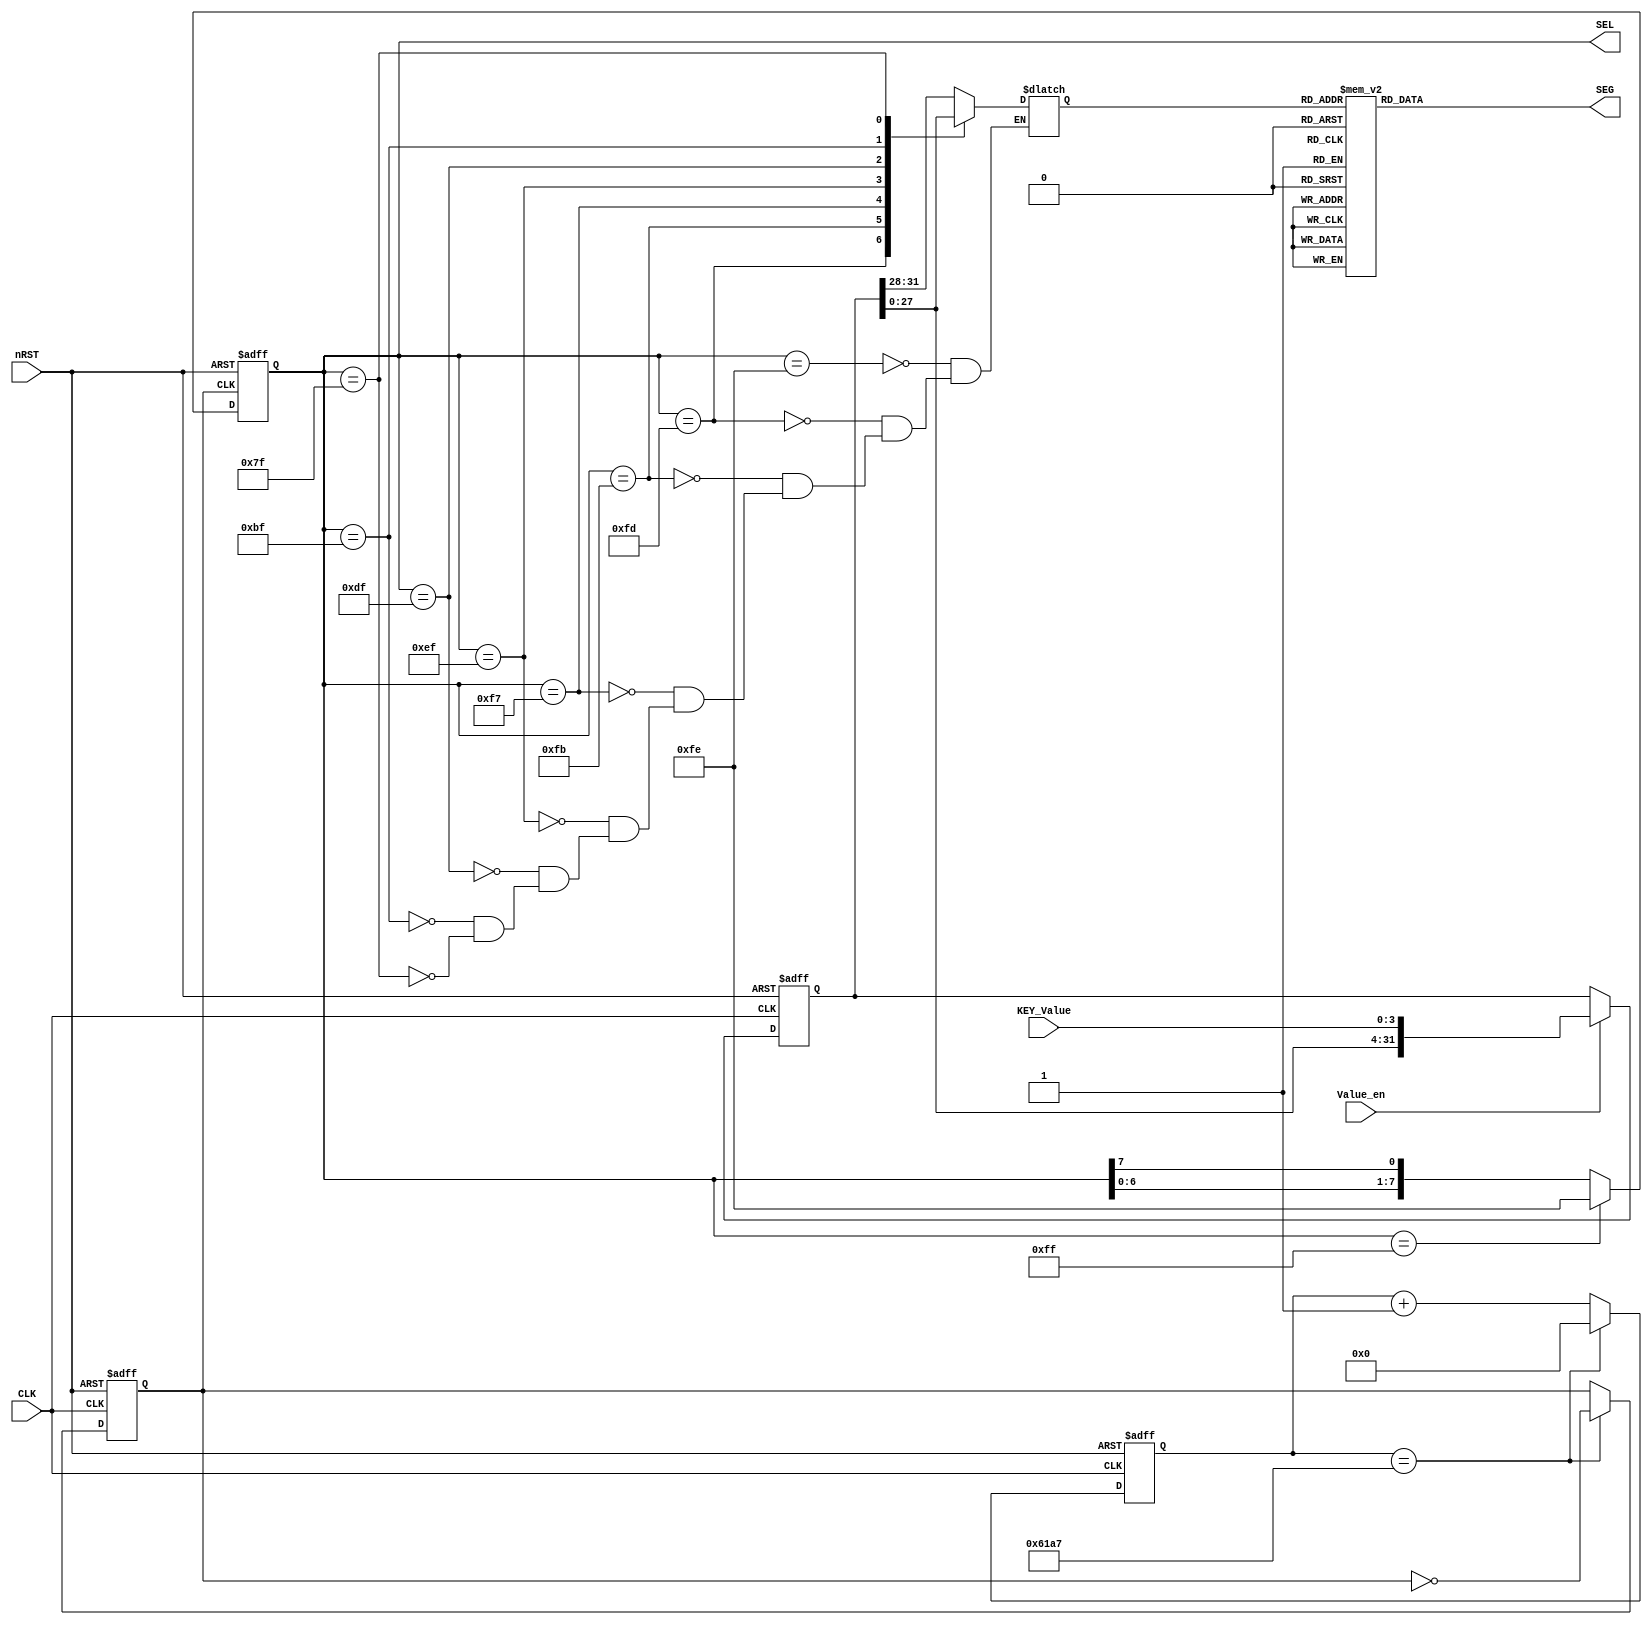
//***************************************************************************
//
//:
//
//:Ray
//:2021-4-24
//***************************************************************************
module ShowControl(
	CLK,
	nRST,
	KEY_Value,
	Value_en,
	SEL,
	SEG
);

	input CLK;
	input nRST;
	input Value_en;			//,
	input [3:0]KEY_Value;
	output reg [7:0]SEL;		//
	output reg [7:0]SEG;		//
	
	reg clock_1k;
	reg [14:0]cnt;
	reg [3:0]data_tmp;
	reg [31:0]disp_data;		//
	
	//================//
	always @(posedge CLK or negedge nRST)			
		if(!nRST)
			begin
				cnt <= 15'b0;
				clock_1k <= 1'b1;
			end
		else if(cnt == 15'd24_999)			//500
			begin
				cnt <= 15'b0;
				clock_1k <= ~clock_1k;
			end
		else
			cnt <= cnt + 1'b1;
			
	//===================//
	always @(posedge CLK or negedge nRST)
		if(!nRST)
			disp_data <= 32'd0;
		else if(Value_en)
			disp_data <= {disp_data[27:0],KEY_Value};
		else
			disp_data <= disp_data;
			
	//=========================//
	always @(posedge clock_1k or negedge nRST)
		if(!nRST)
			SEL <= 8'b1111_1111;
		else if(SEL == 8'b1111_1111)
			SEL <= 8'b1111_1110;
		else
			SEL <= {SEL[6:0],SEL[7]};
		
	//=========================//
	always @(*)
		case(SEL)
				8'b1111_1110: data_tmp <= disp_data[31:28];				//()
				8'b1111_1101: data_tmp <= disp_data[27:24];
				8'b1111_1011: data_tmp <= disp_data[23:20];
				8'b1111_0111: data_tmp <= disp_data[19:16];
				8'b1110_1111: data_tmp <= disp_data[15:12];
				8'b1101_1111: data_tmp <= disp_data[11:8];
				8'b1011_1111: data_tmp <= disp_data[7:4];
				8'b0111_1111: data_tmp <= disp_data[3:0];					//()
		endcase
	
	//=========================//
	always @(*)
		case(data_tmp)																//
			4'h0: SEG <= 8'h3f;
			4'h1: SEG <= 8'h06;
			4'h2: SEG <= 8'h5b;
			4'h3: SEG <= 8'h4f;
			4'h4: SEG <= 8'h66;
			4'h5: SEG <= 8'h6d;
			4'h6: SEG <= 8'h7d;
			4'h7: SEG <= 8'h07;
			4'h8: SEG <= 8'h7f;
			4'h9: SEG <= 8'h6f;
			4'ha: SEG <= 8'h77;
			4'hb: SEG <= 8'h7c;
			4'hc: SEG <= 8'h39;
			4'hd: SEG <= 8'h5e;
			4'he: SEG <= 8'h79;
			4'hf: SEG <= 8'h71;
		endcase
endmodule